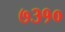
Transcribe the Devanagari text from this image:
७३१०